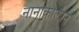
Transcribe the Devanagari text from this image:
नानाकालीन